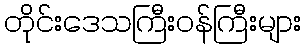
တိုင်းဒေသကြီးဝန်ကြီးများ